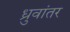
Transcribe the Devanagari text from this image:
ध्रुवांतर